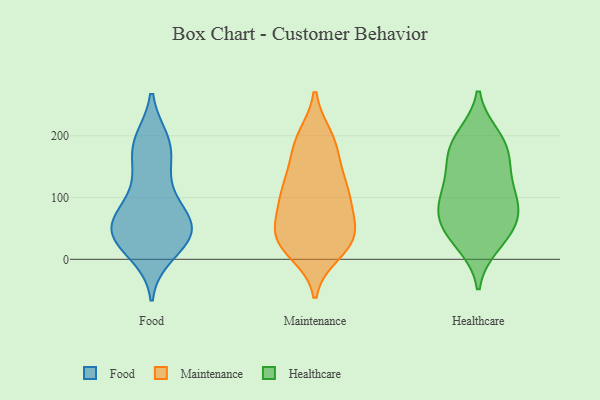
{"axis": {"x": "Satisfaction Score", "y": "Value"}, "legend": ["Food", "Healthcare", "Maintenance"], "data": [{"x": "", "y": 106, "type": "Food"}, {"x": "", "y": 28, "type": "Food"}, {"x": "", "y": 10, "type": "Food"}, {"x": "", "y": 40, "type": "Food"}, {"x": "", "y": 56, "type": "Food"}, {"x": "", "y": 191, "type": "Food"}, {"x": "", "y": 60, "type": "Food"}, {"x": "", "y": 185, "type": "Food"}, {"x": "", "y": 61, "type": "Food"}, {"x": "", "y": 44, "type": "Food"}, {"x": "", "y": 28, "type": "Food"}, {"x": "", "y": 166, "type": "Food"}, {"x": "", "y": 186, "type": "Food"}, {"x": "", "y": 128, "type": "Food"}, {"x": "", "y": 50, "type": "Food"}, {"x": "", "y": 74, "type": "Food"}, {"x": "", "y": 39, "type": "Maintenance"}, {"x": "", "y": 118, "type": "Maintenance"}, {"x": "", "y": 197, "type": "Maintenance"}, {"x": "", "y": 102, "type": "Maintenance"}, {"x": "", "y": 112, "type": "Maintenance"}, {"x": "", "y": 11, "type": "Maintenance"}, {"x": "", "y": 73, "type": "Maintenance"}, {"x": "", "y": 32, "type": "Maintenance"}, {"x": "", "y": 142, "type": "Maintenance"}, {"x": "", "y": 31, "type": "Maintenance"}, {"x": "", "y": 196, "type": "Maintenance"}, {"x": "", "y": 186, "type": "Maintenance"}, {"x": "", "y": 98, "type": "Maintenance"}, {"x": "", "y": 18, "type": "Maintenance"}, {"x": "", "y": 56, "type": "Maintenance"}, {"x": "", "y": 107, "type": "Maintenance"}, {"x": "", "y": 36, "type": "Maintenance"}, {"x": "", "y": 40, "type": "Maintenance"}, {"x": "", "y": 168, "type": "Maintenance"}, {"x": "", "y": 198, "type": "Healthcare"}, {"x": "", "y": 50, "type": "Healthcare"}, {"x": "", "y": 83, "type": "Healthcare"}, {"x": "", "y": 25, "type": "Healthcare"}, {"x": "", "y": 59, "type": "Healthcare"}, {"x": "", "y": 128, "type": "Healthcare"}, {"x": "", "y": 79, "type": "Healthcare"}, {"x": "", "y": 98, "type": "Healthcare"}, {"x": "", "y": 97, "type": "Healthcare"}, {"x": "", "y": 193, "type": "Healthcare"}, {"x": "", "y": 168, "type": "Healthcare"}, {"x": "", "y": 36, "type": "Healthcare"}, {"x": "", "y": 144, "type": "Healthcare"}, {"x": "", "y": 177, "type": "Healthcare"}]}